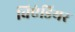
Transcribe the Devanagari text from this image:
विएंडियर